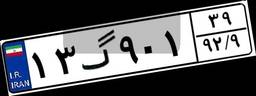
۱۷گ۸۲۴۱۶